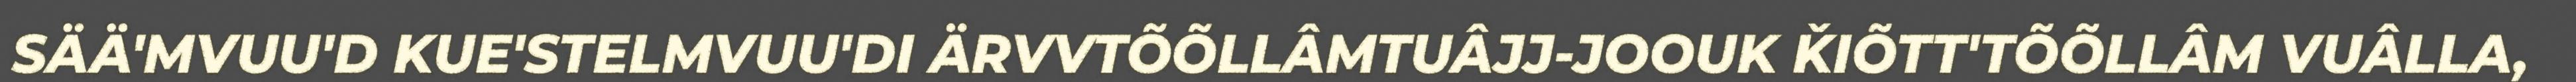
SÄÄ'MVUU'D KUE'STELMVUU'DI ÄRVVTÕÕLLÂMTUÂJJ-JOOUK ǨIÕTT'TÕÕLLÂM VUÂLLA,